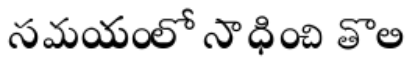
సమయంలో సాధించి తొలి